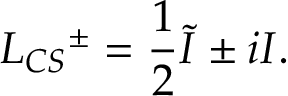
L _ { C S } { ^ { \pm } } = { \frac { 1 } { 2 } } \tilde { I } \pm i I .